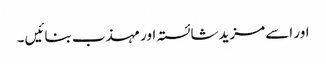
اور اسے مزید شائستہ اور مہذب بنائیں ۔